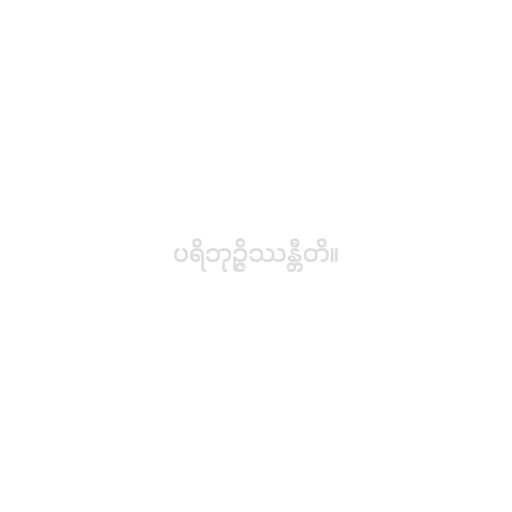
ပရိဘုဉ္ဇိဿန္တီတိ။